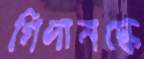
গিদানস্কে